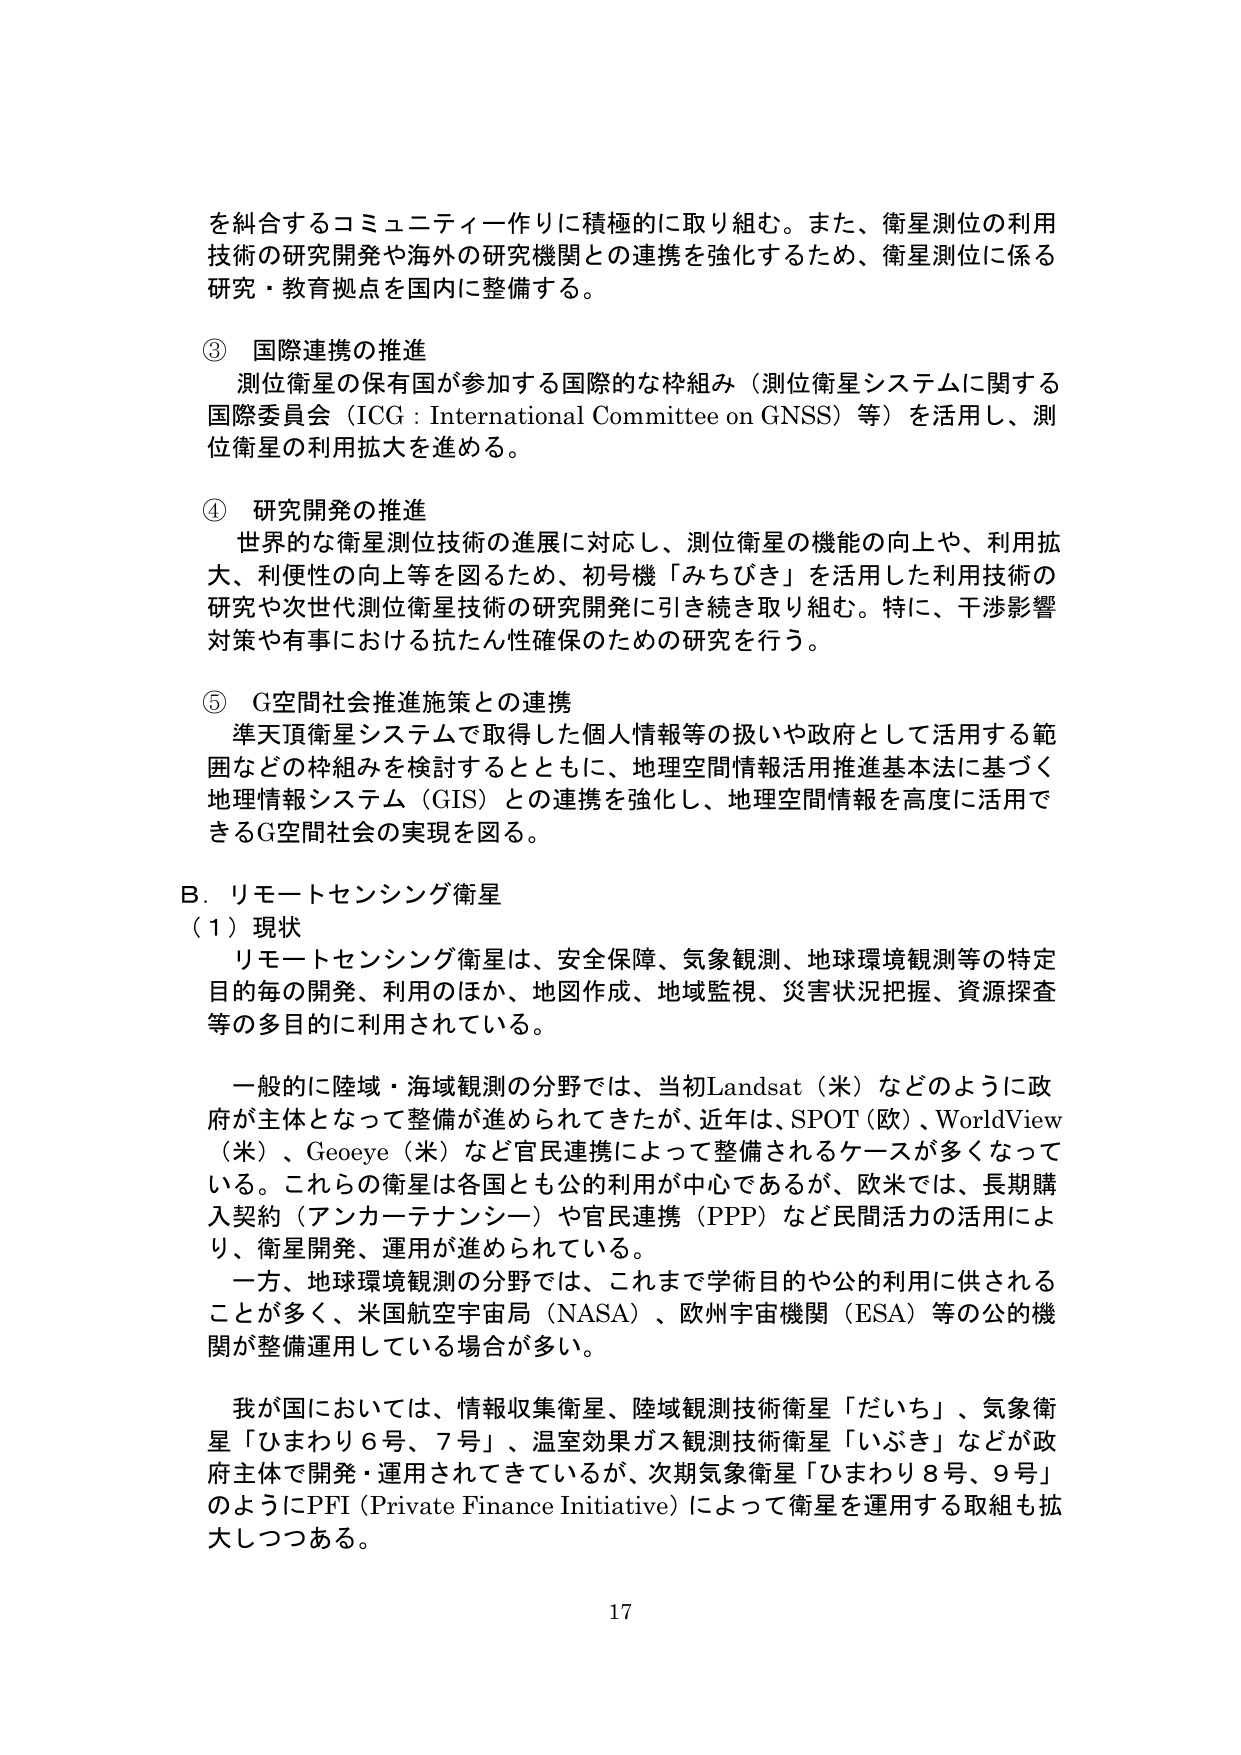
を糾合するコミュニティー作りに積極的に取り組む。また、衛星測位の利用技術の研究開発や海外の研究機関との連携を強化するため、衛星測位に係る研究・教育拠点を国内に整備する。

③ 国際連携の推進
測位衛星の保有国が参加する国際的な枠組み（測位衛星システムに関する国際委員会（ICG：International Committee on GNSS）等）を活用し、測位衛星の利用拡大を進める。

④ 研究開発の推進
世界的な衛星測位技術の進展に対応し、測位衛星の機能の向上や、利用拡大、利便性の向上等を図るため、初号機「みちびき」を活用した利用技術の研究や次世代測位衛星技術の研究開発に引き続き取り組む。特に、干渉影響対策や有事における抗たん性確保のための研究を行う。

⑤ G空間社会推進施策との連携
準天頂衛星システムで取得した個人情報等の扱いや政府として活用する範囲などの枠組みを検討するとともに、地理空間情報活用推進基本法に基づく地理情報システム（GIS）との連携を強化し、地理空間情報を高度に活用できるG空間社会の実現を図る。

B．リモートセンシング衛星
（1）現状
リモートセンシング衛星は、安全保障、気象観測、地球環境観測等の特定目的毎の開発、利用のほか、地図作成、地域監視、災害状況把握、資源探査等の多目的に利用されている。

一般的に陸域・海域観測の分野では、当初Landsat（米）などのように政府が主体となって整備が進められてきたが、近年は、SPOT（欧）、WorldView（米）、Geoeye（米）など官民連携によって整備されるケースが多くなっている。これらの衛星は各国とも公的利用が中心であるが、欧米では、長期購入契約（アンカーテナンシー）や官民連携（PPP）など民間活力の活用により、衛星開発、運用が進められている。

一方、地球環境観測の分野では、これまで学術目的や公的利用に供されることが多く、米国航空宇宙局（NASA）、欧州宇宙機関（ESA）等の公的機関が整備運用している場合が多い。

我が国においては、情報収集衛星、陸域観測技術衛星「だいち」、気象衛星「ひまわり6号、7号」、温室効果ガス観測技術衛星「いぶき」などが政府主体で開発・運用されてきているが、次期気象衛星「ひまわり8号、9号」のようにPFI（Private Finance Initiative）によって衛星を運用する取組も拡大しつつある。

17